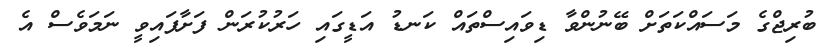
ބުރިޖްގެ މަސައްކަތަށް ބޭނުންވާ ޑިވައިސްތައް ކަނޑު އަޑީގައި ހަރުކުރަން ފަށާފައިވީ ނަމަވެސް އެ